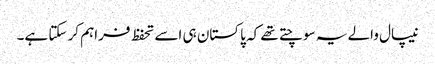
نیپال والے یہ سوچتے تھے کہ پاکستان ہی اسے تحفظ فراہم کر سکتا ہے۔